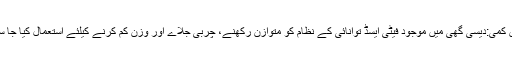
وزن میں کمی:دیسی گھی میں موجود فیٹی ایسڈ توانائی کے نظام کو متوازن رکھنے، چربی جلاے اور وزن کم کرنے کیلئے استعمال کیا جا سکتا ہے۔